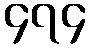
၄၇၄